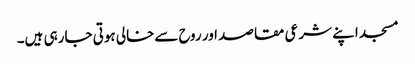
مسجد اپنے شرعی مقاصد اور روح سےخالی ہوتی جارہی ہیں۔